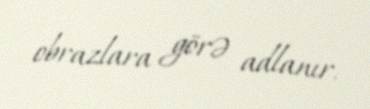
obrazlara görə adlanır.